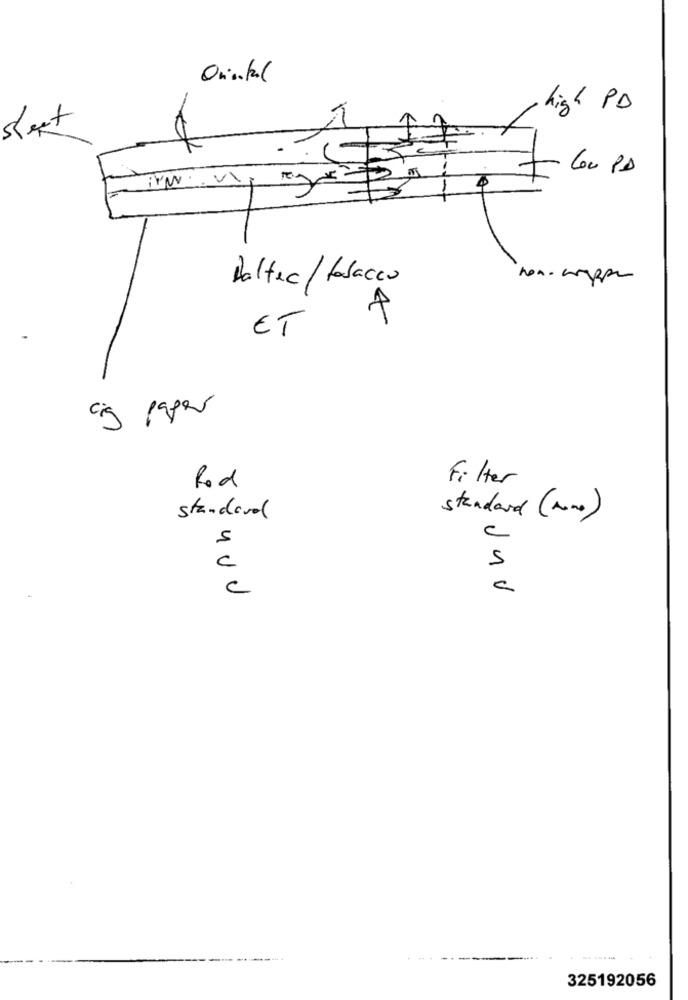
Oniikal
high PD
Sheet
600 PD
Daltec / tobacco
4
ET
aig paper
Rod
Filter
standeval
standard (mono)
5
c
C
5
C
325192056